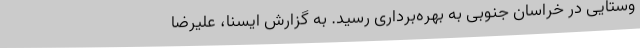
وستایی در خراسان جنوبی به بهره‌برداری رسید. به گزارش ایسنا، علیرضا